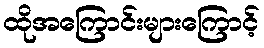
ထိုအကြောင်းများကြောင့်